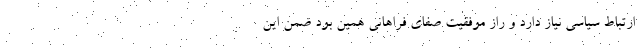
ارتباط سیاسی نیاز دارد و راز موفقیت صفای فراهانی همین بود ضمن این